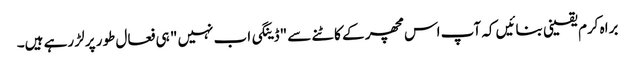
براہ کرم یقینی بنائیں کہ آپ اس مچھر کے کاٹنے سے "ڈینگی اب نہیں " ہی فعال طور پر لڑ رہے ہیں۔